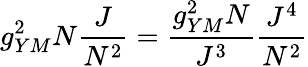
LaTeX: g_{YM}^{2}N\frac{J}{N^{2}}=\frac{g_{YM}^{2}N}{J^{3}}\frac{J^{4}}{N^{2}}